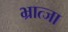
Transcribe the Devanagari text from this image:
भ्रात्जा